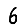
Digit: 6